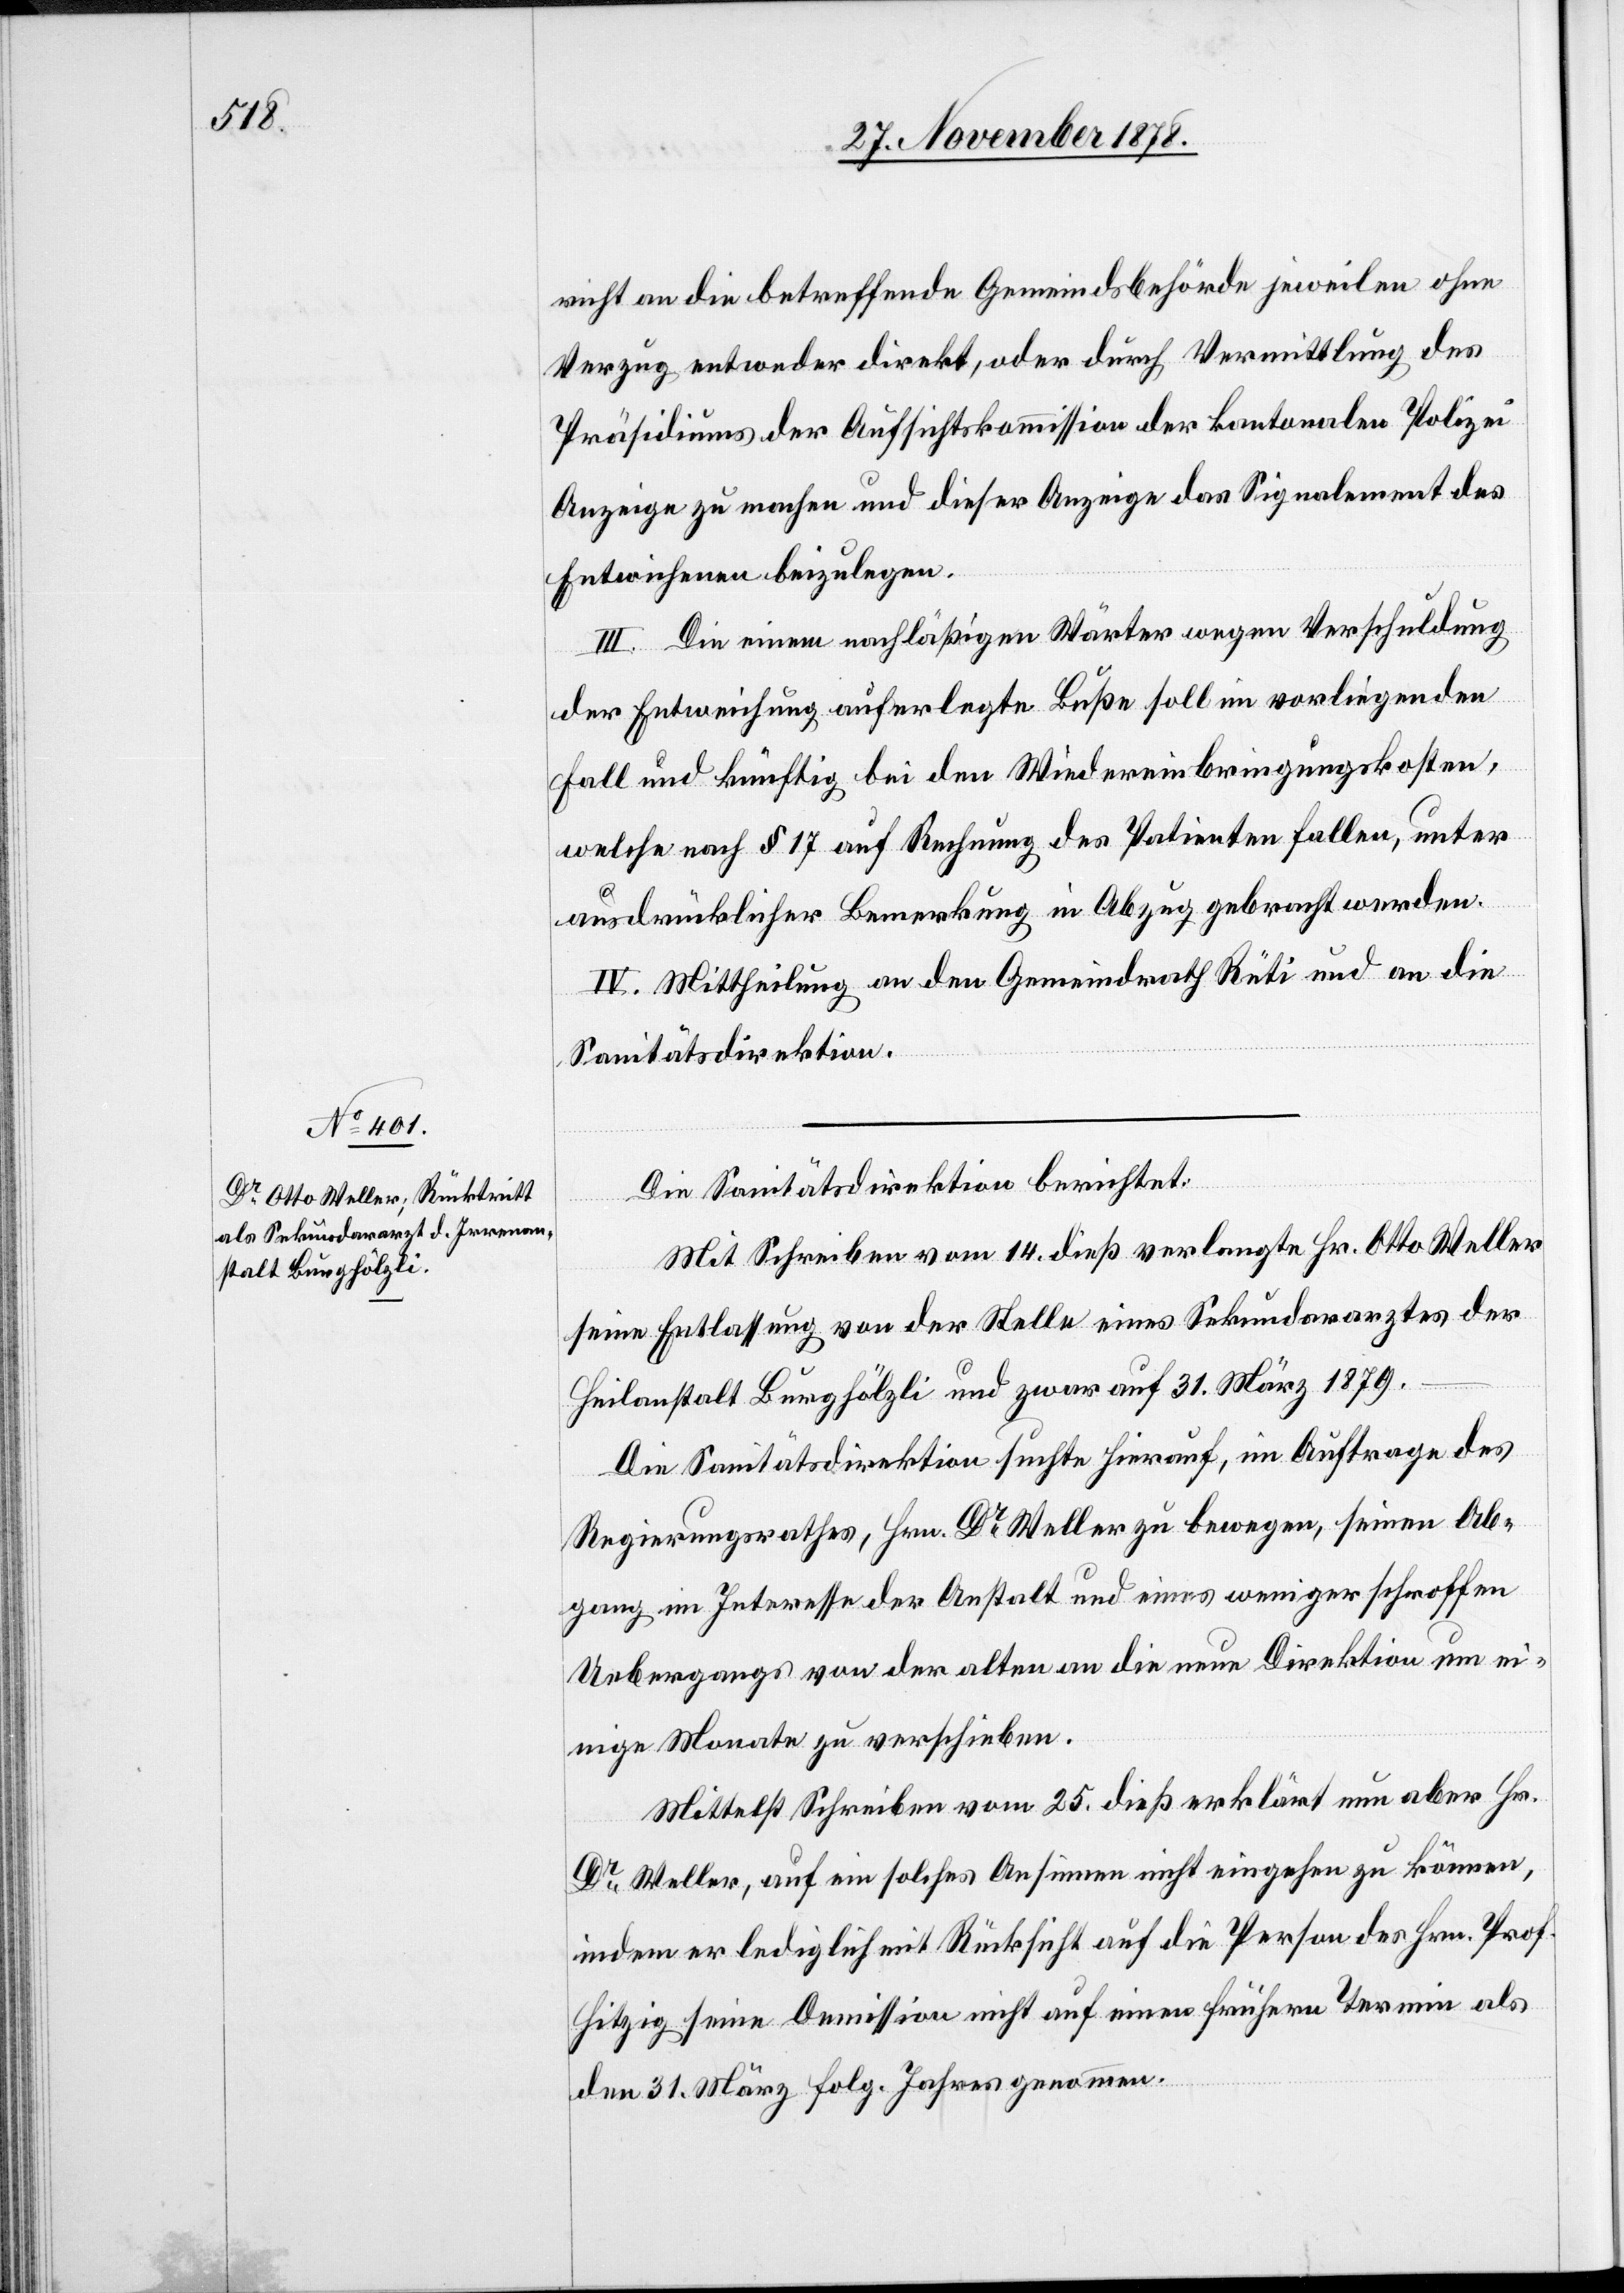
richt an die betreffende Gemeindsbehörde jeweilen ohne
Verzug entweder direkt, oder durch Vermittlung des
Präsidiums der Aufsichtskommission der kantonalen Polizei
Anzeige zu machen und dieser Anzeige das Signalement des
Entwichenen beizulegen.
III. Die einem nachlässigen Wärter wegen Verschuldung
der Entweichung auferlegte Buße soll im vorliegenden
Fall und künftig bei den Wiedereinbringungskosten,
welche nach § 17 auf Rechnung des Patienten fallen, unter
ausdrücklicher Bemerkung in Abzug gebracht werden.
IV. Mittheilung an den Gemeindrath Rüti und an die
Sanitätsdirektion.
Die Sanitätsdirektion berichtet:
Mit Schreiben vom 14. dies verlangte Hr. Otto Weller
seine Entlassung von der Stelle eines Sekundararztes der
Heilanstalt Burghölzli und zwar auf 31. März 1879.
Die Sanitätsdirektion suchte hierauf, im Auftrage des
Regierungsrathes, Hrn. Dr Weller zu bewegen, seinen Ab¬
gang im Interesse der Anstalt und eines weniger schroffen
Uebergangs von der alten an die neue Direktion um ei¬
nige Monate zu verschieben.
Mittelst Schreiben vom 25. dieß erklärt nun aber Hr.
Dr Weller, auf ein solches Ansinnen nicht eingehen zu können,
indem er lediglich mit Rücksicht auf die Person des Hrn. Prof.
Hitzig seine Demission nicht auf einen frühern Termin als
den 31. März folg. Jahrs genommen.